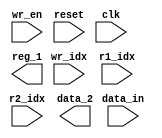
module registers (
    input[31:0] data_in, wr_idx, r1_idx, r2_idx,
    input wr_en, reset, clk,
    output[31:0] reg_1, data_2
);
    


endmodule